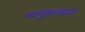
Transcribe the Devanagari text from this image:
भानुदासानें